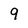
Character: 9